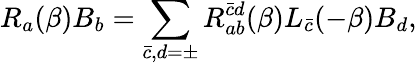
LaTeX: R_{a}(\beta)B_{b}=\sum_{\bar{c},d=\pm}R_{ab}^{\bar{c}d}(\beta)L_{\bar{c}}(-\beta)B_{d},